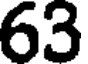
63